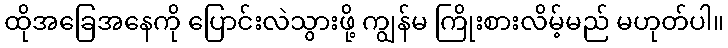
ထိုအခြေအနေကို ပြောင်းလဲသွားဖို့ ကျွန်မ ကြိုးစားလိမ့်မည် မဟုတ်ပါ။